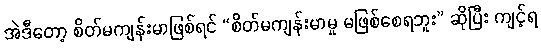
အဲဒီတော့ စိတ်မကျန်းမာဖြစ်ရင် “စိတ်မကျန်းမာမှု မဖြစ်စေရဘူး” ဆိုပြီး ကျင့်ရ